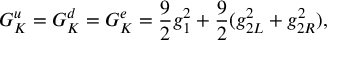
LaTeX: G _ { K } ^ { u } = G _ { K } ^ { d } = G _ { K } ^ { e } = { \frac { 9 } { 2 } } g _ { 1 } ^ { 2 } + { \frac { 9 } { 2 } } ( g _ { 2 L } ^ { 2 } + g _ { 2 R } ^ { 2 } ) ,